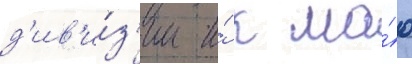
д'ив'и́з'ии и́ к ма́ю